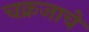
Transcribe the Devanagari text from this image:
चक्रजाचे